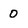
Character: 0